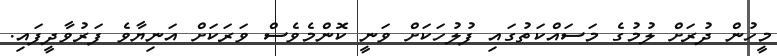
މީހުން ދުރަށް ލުމުގެ މަސައްކަތުގައި ފުލުހަކަށް ވަނީ ކޮންމެވެސް ވަރަކަށް އަނިޔާވެ ފަރުވާދީފައި.